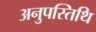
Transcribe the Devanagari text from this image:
अनुपस्तिथि